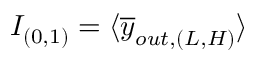
I _ { ( 0 , 1 ) } = \langle \overline { { y } } _ { o u t , ( L , H ) } \rangle